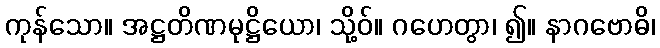
ကုန်သော။ အဋ္ဌတိဏမုဋ္ဌိယော၊ သို့ဝ်။ ဂဟေတွာ၊ ၍။ နာဂဗောဓိ၊